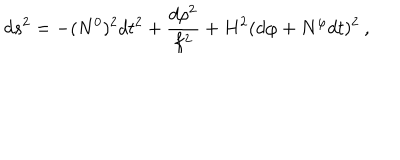
d s ^ { 2 } = - ( N ^ { 0 } ) ^ { 2 } d t ^ { 2 } + \frac { d \rho ^ { 2 } } { f ^ { 2 } } + H ^ { 2 } ( d \varphi + N ^ { \varphi } d t ) ^ { 2 } \: ,